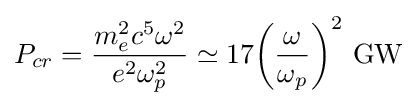
P_{cr}={\frac {m_{e}^{2}c^{5}\omega ^{2}}{e^{2}\omega _{p}^{2}}}\simeq 17{\bigg (}{\frac {\omega }{\omega _{p}}}{\bigg )}^{2}\ {\textrm {GW}}